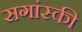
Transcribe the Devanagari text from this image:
सगांस्की